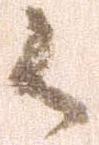
候